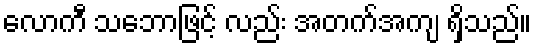
လောကီ သဘောဖြင့် လည်း အတက်အကျ ရှိသည်။